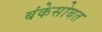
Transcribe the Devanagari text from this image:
बंकेसोबत